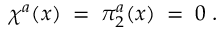
\chi ^ { a } ( x ) \; = \; \pi _ { 2 } ^ { a } ( x ) \; = \; 0 \; .